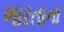
ભારતાના